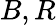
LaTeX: B,R